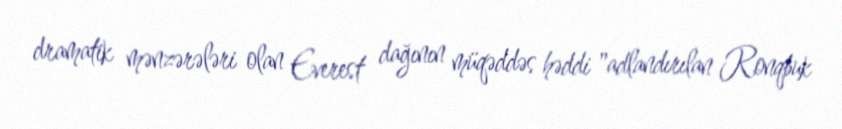
dramatik mənzərələri olan Everest dağının müqəddəs həddi "adlandırılan Ronqbuk